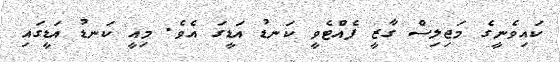
ކައިވެނީގެ މަޖިލިސް ގާޒީ ފެއްޓެވީ ކަނޑު އަޑީގަ އެވެ. މިއީ ކަނޑު އަޑީގައި